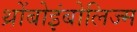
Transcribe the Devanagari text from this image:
थ्रोंबोइंबोलिज्म